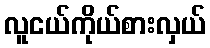
လူငယ်ကိုယ်စားလှယ်